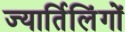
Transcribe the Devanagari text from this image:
ज्यार्तिलिंगों